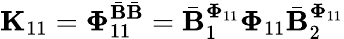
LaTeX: \mathbf{K}_{11}=\boldsymbol{\Phi}_{11}^{\bar{\mathbf{B}}\bar{\mathbf{B}}}=\bar{\mathbf{B}}_{1}^{\boldsymbol{\Phi}_{11}}\boldsymbol{\Phi}_{11}\bar{\mathbf{B}}_{2}^{\boldsymbol{\Phi}_{11}}